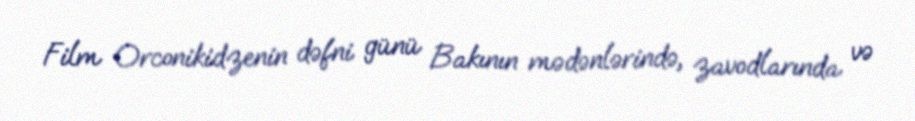
Film Orconikidzenin dəfni günü Bakının mədənlərində, zavodlarında və